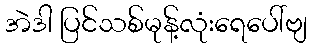
အဲဒါ ပြင်သစ်မုန့်လုံးရေပေါ်ဗျ